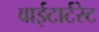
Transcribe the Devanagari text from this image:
वाईटार्टरेट